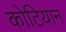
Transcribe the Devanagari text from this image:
कोटियान